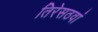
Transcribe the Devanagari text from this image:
तिरेसठवां